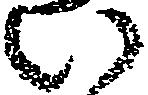
い